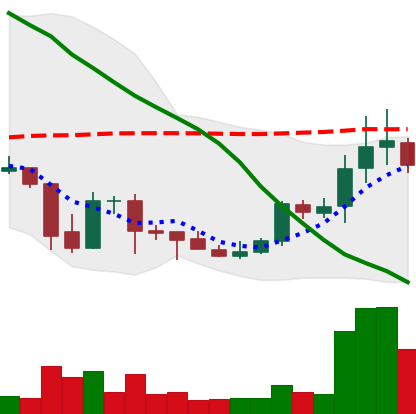
Ticker: DOGE-USD
Chart end date: 2021-10-07
Forward return: -6.867%
Label: down_5_7